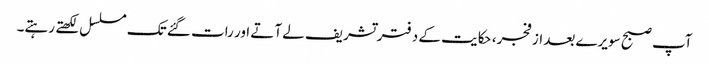
آپ صبح سویرے بعد از فجر، حکایت کے دفتر تشریف لے آتے اور رات گئے تک مسلسل لکھتے رہتے۔